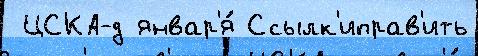
 ЦСКА-д январ'я́ Ссылк'иправ'ить